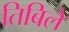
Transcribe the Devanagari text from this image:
तिबिले